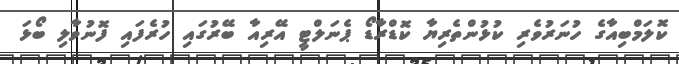
ކޮލަމްބިއާގެ ހުނަރުވެރި ކުޅުންތެރިޔާ ކޮޑްރާޑޯ ޕެނަލްޓީ އޭރިއާ ބޭރުގައި ހުރެފައި ފޮނުވާލި ބޯޅަ